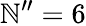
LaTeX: \mathbb{N}^{\prime\prime}=6